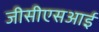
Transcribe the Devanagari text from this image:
जीसीएसआई